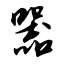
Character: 器